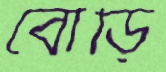
বৌড়ি